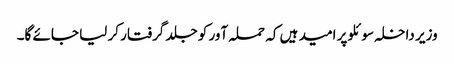
وزیر داخلہ سوئلو پر امید ہیں کہ حملہ آور کو جلد گرفتار کر لیا جائے گا۔